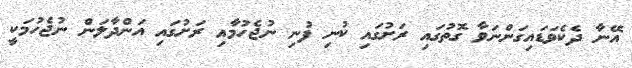
އޭނާ ދެކެވަޑައިގަންނަވާ ގޮތުގައި ރަށުގައި ކުނި ފުނި ނުޖެހުމާއި ރަށުގައި އަންދާލަން ނުޖެހުމަކީ